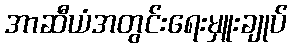
အာဆီယံအတွင်းရေးမှူးချုပ်